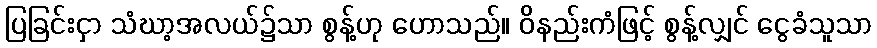
ပြခြင်းငှာ သံဃာ့အလယ်၌သာ စွန့်ဟု ဟောသည်။ ဝိနည်းကံဖြင့် စွန့်လျှင် ငွေခံသူသာ